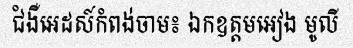
ជំងឺអេដស៍កំពង់ចាម៖ ឯកឧត្តមអៀង មូលី